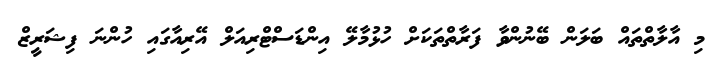
މި އާލާތްތައް ބަލަން ބޭނުންވާ ފަރާތްތަކަށް ހުޅުމާލޭ އިންޑަސްޓްރިއަލް އޭރިއާގައި ހުންނަ ފިޝަރީޒް